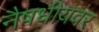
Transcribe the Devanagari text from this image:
नैषधीयवर